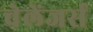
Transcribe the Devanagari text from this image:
चेलेंजर्स